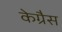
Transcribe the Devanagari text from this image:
केग्रैस